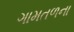
ગામતળના